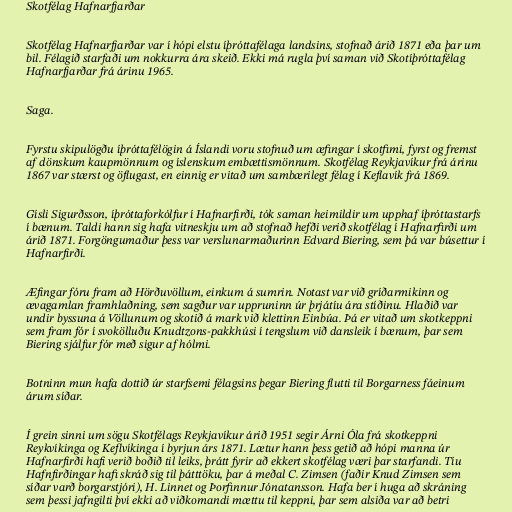
Skotfélag Hafnarfjarðar

Skotfélag Hafnarfjarðar var í hópi elstu íþróttafélaga landsins, stofnað árið 1871 eða þar um
bil. Félagið starfaði um nokkurra ára skeið. Ekki má rugla því saman við Skotíþróttafélag
Hafnarfjarðar frá árinu 1965.

Saga.

Fyrstu skipulögðu íþróttafélögin á Íslandi voru stofnuð um æfingar í skotfimi, fyrst og fremst
af dönskum kaupmönnum og íslenskum embættismönnum. Skotfélag Reykjavíkur frá árinu
1867 var stærst og öflugast, en einnig er vitað um sambærilegt félag í Keflavík frá 1869.

Gísli Sigurðsson, íþróttaforkólfur í Hafnarfirði, tók saman heimildir um upphaf íþróttastarfs
í bænum. Taldi hann sig hafa vitneskju um að stofnað hefði verið skotfélag í Hafnarfirði um
árið 1871. Forgöngumaður þess var verslunarmaðurinn Edvard Biering, sem þá var búsettur í
Hafnarfirði.

Æfingar fóru fram að Hörðuvöllum, einkum á sumrin. Notast var við gríðarmikinn og
ævagamlan framhlaðning, sem sagður var uppruninn úr þrjátíu ára stíðinu. Hlaðið var
undir byssuna á Völlunum og skotið á mark við klettinn Einbúa. Þá er vitað um skotkeppni
sem fram fór í svokölluðu Knudtzons-pakkhúsi í tengslum við dansleik í bænum, þar sem
Biering sjálfur fór með sigur af hólmi.

Botninn mun hafa dottið úr starfsemi félagsins þegar Biering flutti til Borgarness fáeinum
árum síðar.

Í grein sinni um sögu Skotfélags Reykjavíkur árið 1951 segir Árni Óla frá skotkeppni
Reykvíkinga og Keflvíkinga í byrjun árs 1871. Lætur hann þess getið að hópi manna úr
Hafnarfirði hafi verið boðið til leiks, þrátt fyrir að ekkert skotfélag væri þar starfandi. Tíu
Hafnfirðingar hafi skráð sig til þátttöku, þar á meðal C. Zimsen (faðir Knud Zimsen sem
síðar varð borgarstjóri), H. Linnet og Þorfinnur Jónatansson. Hafa ber í huga að skráning
sem þessi jafngilti því ekki að viðkomandi mættu til keppni, þar sem alsiða var að betri